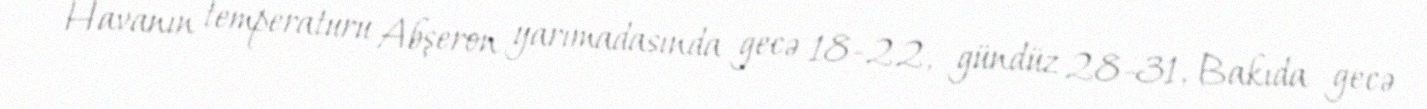
Havanın temperaturu Abşeron yarımadasında gecə 18-22, gündüz 28-31, Bakıda gecə